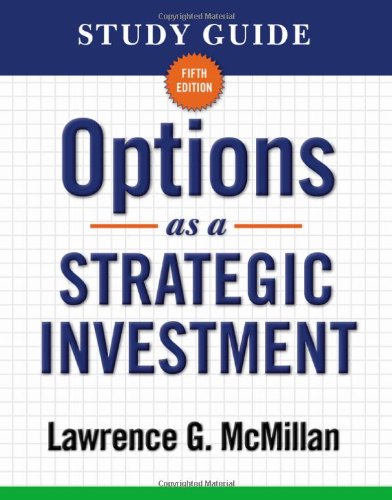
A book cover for Study Guide for Options as a Strategic Investment 5th Edition; Lawrence G. McMillan; Business & Money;